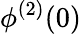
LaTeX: \phi^{(2)}(0)